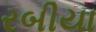
રબીયા